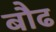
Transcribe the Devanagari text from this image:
बौढ